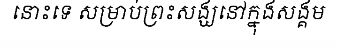
នោះទេ សម្រាប់ព្រះសង្ឃនៅក្នុងសង្គម